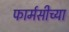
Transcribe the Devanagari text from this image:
फार्मसीच्या